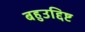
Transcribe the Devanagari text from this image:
बहुउद्दिष्ट